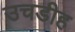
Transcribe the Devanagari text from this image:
उचडीह